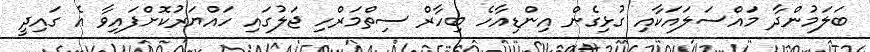
ބަލަމުންދާ މައްސަލައަކާއި ގުޅިގެން އިންޑިއާހެ ބިހާރް ސިތްމަރްހި ޖަލުގައި ހައްޔަރުކޮށްފައިވާ އެ ގައިދީ